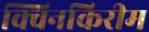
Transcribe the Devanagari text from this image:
क्विनकिरीम